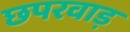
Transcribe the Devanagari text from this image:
छपरवाड़